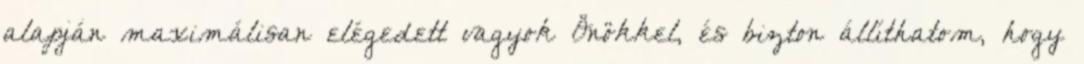
alapján maximálisan elégedett vagyok Önökkel, és bizton állíthatom, hogy